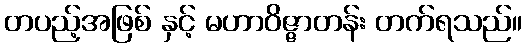
တပည့်အဖြစ် နှင့် မဟာဝိဇ္ဇာတန်း တက်ရသည်။